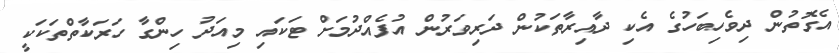
އެގޮތުން ދިވެހިބަހުގެ އެކި ދާއިރާތަކުން ދަރިވަރުން އުފެއްދުމަށް ޓަކައި މިއަދު ހިންގާ ހަރަކާތްތަކަކީ